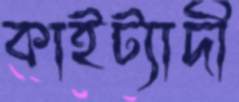
কাইট্যাদী